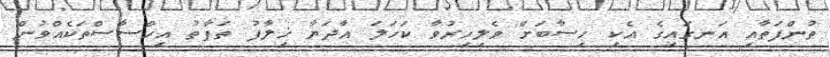
ތުންފަތާއި އަނގައިގެ އެކި ހިސާބަށް ވެލިހިރުވާ ކަހަލަ އާދަޔާ ޚިލާފު ތަފާތު އިހްސާސްތަކެއްވުން